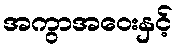
အကွာအဝေးနှင့်